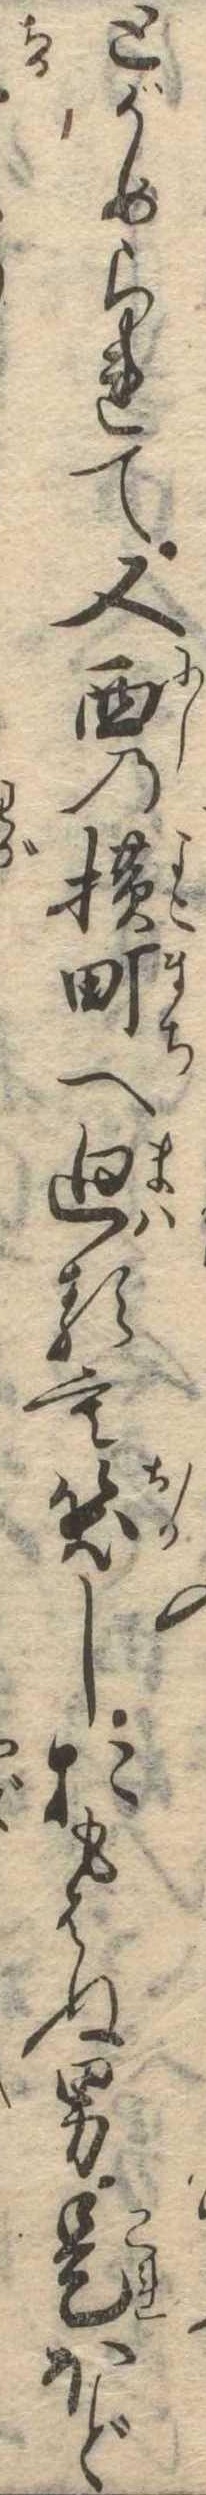
とがめられて又西の横町へ廻るも笑しおもはぬ男是ほど